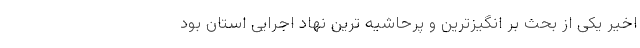
اخیر یکی از بحث بر انگیزترین و پرحاشیه ترین نهاد اجرایی استان بود